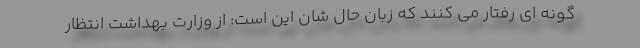
گونه ای رفتار می کنند که زبان حال شان این است: از وزارت بهداشت انتظار